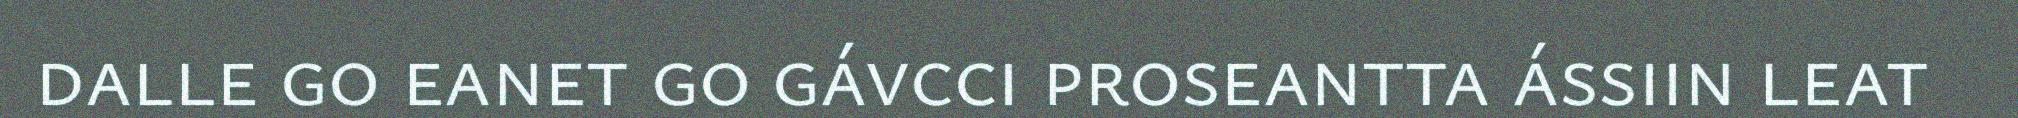
dalle go eanet go gávcci proseantta ássiin leat